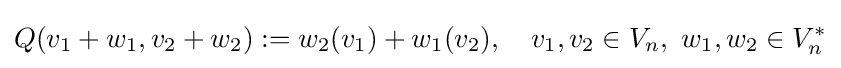
Q(v_{1}+w_{1},v_{2}+w_{2}):=w_{2}(v_{1})+w_{1}(v_{2}),\quad v_{1},v_{2}\in V_{n},\ w_{1},w_{2}\in V_{n}^{*}